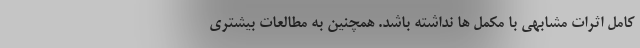
کامل اثرات مشابهی با مکمل ها نداشته باشد. همچنین به مطالعات بیشتری